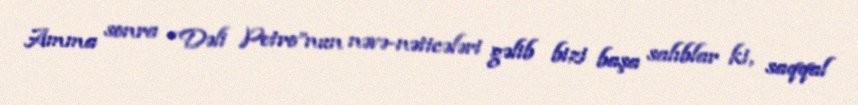
Amma sonra “Dəli Petro”nun nəvə-nəticələri gəlib bizi başa salıblar ki, saqqal